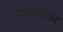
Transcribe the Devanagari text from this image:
नामकोका